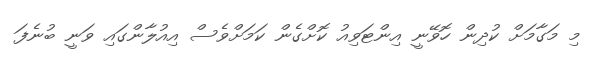
މި މަގާމަށް ކުދިން ހޮވޭނީ އިންޓަވިއު ކޮށްގެން ކަމަށްވެސް އިއުލާންގައި ވަނީ ބުނެފަ